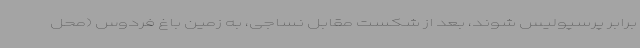
برابر پرسپولیس شوند، بعد از شکست مقابل نساجی، به زمین باغ فردوس (محل